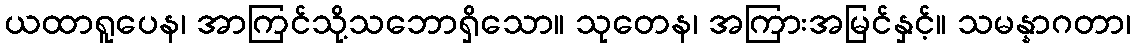
ယထာရူပေန၊ အာကြင်သို့သဘောရှိသော။ သုတေန၊ အကြားအမြင်နှင့်။ သမန္နာဂတာ၊